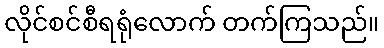
လိုင်စင်စီရရုံလောက် တက်ကြသည်။